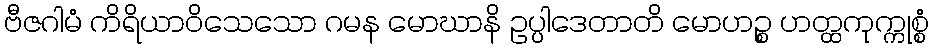
ဗီဇဂါမံ ကိရိယာဝိသေသော ဂမန မောဃာနိ ဥပ္ပါဒေတာတိ မောဟဉ္စ ဟတ္ထကုက္ကုစ္စံ